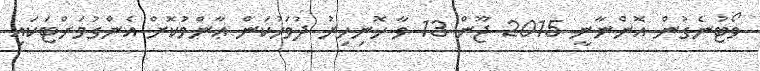
ވޯޓުނެގުން އޮންނާނީ 2015 ޖޫން 13 ވާ ހޮނިހިރު ދުވަހުކަން ޢާންމުކޮށް އެންގުމަށްޓަކައި